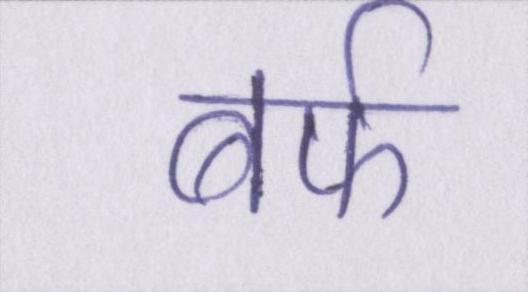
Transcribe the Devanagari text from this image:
बर्फ